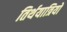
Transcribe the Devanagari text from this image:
तिर्थयात्रियों